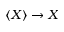
\langle X \rangle \rightarrow X